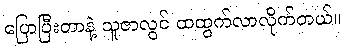
ပြောပြီးတာနဲ့ သူဇာလွင် ထထွက်လာလိုက်တယ်။